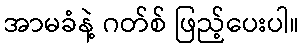
အာမခံနဲ့ ဂတ်စ် ဖြည့်ပေးပါ။